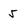
Character: 5